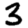
Digit: 3